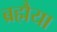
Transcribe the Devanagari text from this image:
ब्रह्मैया